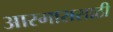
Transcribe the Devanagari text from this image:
आरमारासाठी